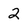
Character: 2